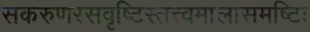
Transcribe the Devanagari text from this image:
सकरुणरसवृष्टिस्तत्त्वमालासमष्टिः